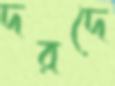
দরদে